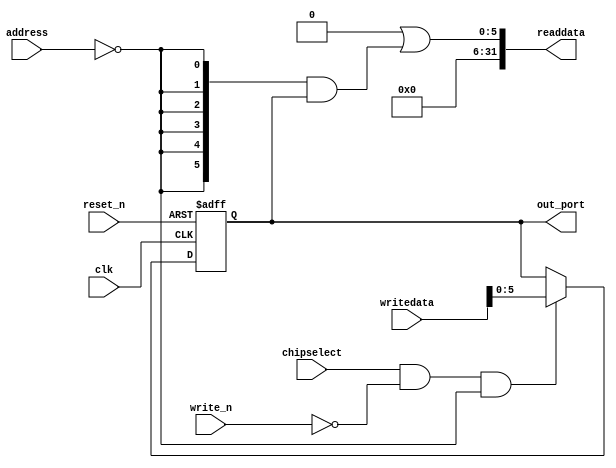
module nios_system_regfile_r1sel (
                                    address,
                                    chipselect,
                                    clk,
                                    reset_n,
                                    write_n,
                                    writedata,
                                    out_port,
                                    readdata
                                 )
;
  output  [  5: 0] out_port;
  output  [ 31: 0] readdata;
  input   [  1: 0] address;
  input            chipselect;
  input            clk;
  input            reset_n;
  input            write_n;
  input   [ 31: 0] writedata;
  wire             clk_en;
  reg     [  5: 0] data_out;
  wire    [  5: 0] out_port;
  wire    [  5: 0] read_mux_out;
  wire    [ 31: 0] readdata;
  assign clk_en = 1;
  assign read_mux_out = {6 {(address == 0)}} & data_out;
  always @(posedge clk or negedge reset_n)
    begin
      if (reset_n == 0)
          data_out <= 0;
      else if (chipselect && ~write_n && (address == 0))
          data_out <= writedata[5 : 0];
    end
  assign readdata = {32'b0 | read_mux_out};
  assign out_port = data_out;
endmodule